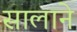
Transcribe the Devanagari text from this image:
सालाने